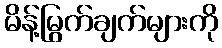
မိန့်မြွက်ချက်များကို